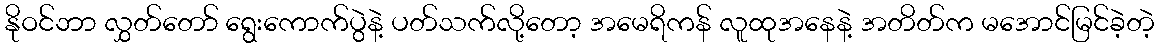
နိုဝင်ဘာ လွှတ်တော် ရွေးကောက်ပွဲနဲ့ ပတ်သက်လို့တော့ အမေရိကန် လူထုအနေနဲ့ အတိတ်က မအောင်မြင်ခဲ့တဲ့